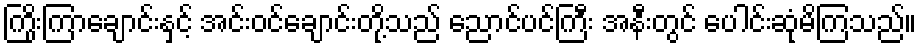
ကြိုးကြာချောင်းနှင့် အင်းဝင်ချောင်းတို့သည် ညောင်ပင်ကြီး အနီးတွင် ပေါင်းဆုံမိကြသည်။